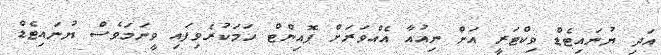
އަދި ޔުނައިޓެޑް ވިކްޓަރީ އަށް ނިއުއާ އެއްވަރަށް ޕޮއިންޓް ހަމަކުރެވިފައި ވީނަމަވެސް ޔުނައިޓެޑް